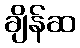
ချိန်ဆ